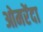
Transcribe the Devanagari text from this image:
ओमरेंदा